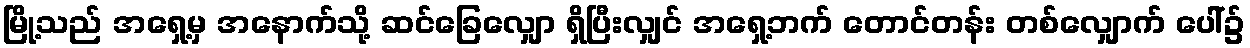
မြို့သည် အရှေ့မှ အနောက်သို့ ဆင်ခြေလျှော ရှိပြီးလျှင် အရှေ့ဘက် တောင်တန်း တစ်လျှောက် ပေါ်၌